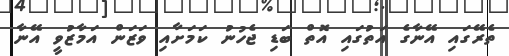
ތެރޭގައި އޭނާގެ އަތުގައި އޮތް ބަޑި ޖެހުނު ކަމަށާއި ވަޒަން އަމާޒުވީ އޭނާ